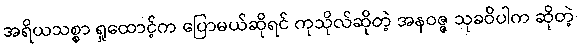
အရိယသစ္စာ ရှုထောင့်က ပြောမယ်ဆိုရင် ကုသိုလ်ဆိုတဲ့ အနဝဇ္ဇ သုခဝိပါက ဆိုတဲ့